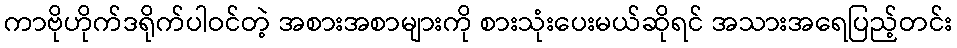
ကာဗိုဟိုက်ဒရိုက်ပါဝင်တဲ့ အစားအစာများကို စားသုံးပေးမယ်ဆိုရင် အသားအရေပြည့်တင်း